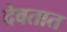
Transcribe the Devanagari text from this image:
देवतात